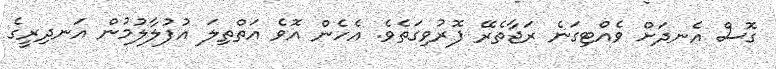
ގޮސް އެނދަށް ވެއްޓިގަނެ ރަޖާތެރޭ ފޮރުވިގަތެވެ. އެހެން އޮވެ އަތްތިލަ އުފުލާލުމުން އަނދިރީގެ